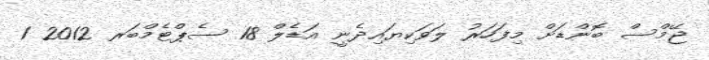
ޖޭމްސް ބޮންޑަށް މިފަހަރު ލަވަކިޔައިދެނީ އަޑެލް 18 ސެޕްޓެމްބަރ 2012 1